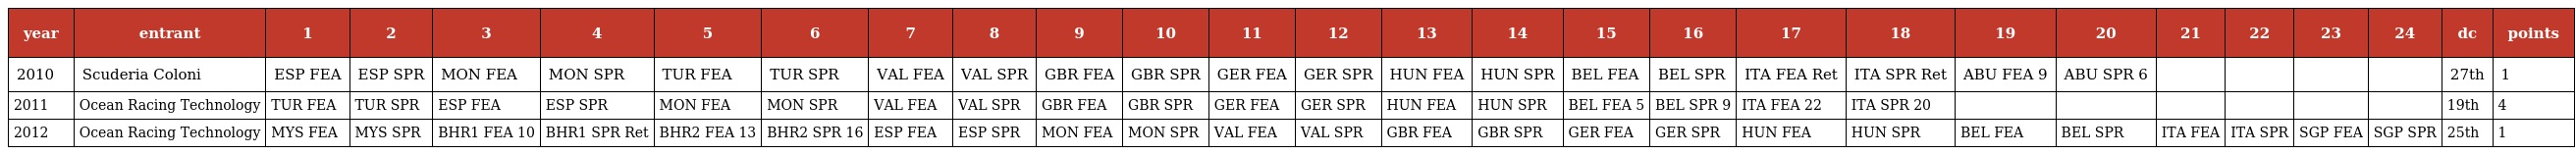
| year | entrant | 1 | 2 | 3 | 4 | 5 | 6 | 7 | 8 | 9 | 10 | 11 | 12 | 13 | 14 | 15 | 16 | 17 | 18 | 19 | 20 | 21 | 22 | 23 | 24 | dc | points |
 | --- | --- | --- | --- | --- | --- | --- | --- | --- | --- | --- | --- | --- | --- | --- | --- | --- | --- | --- | --- | --- | --- | --- | --- | --- | --- | --- | --- |
 | 2010 | Scuderia Coloni | ESP FEA | ESP SPR | MON FEA | MON SPR | TUR FEA | TUR SPR | VAL FEA | VAL SPR | GBR FEA | GBR SPR | GER FEA | GER SPR | HUN FEA | HUN SPR | BEL FEA | BEL SPR | ITA FEA Ret | ITA SPR Ret | ABU FEA 9 | ABU SPR 6 |  |  |  |  | 27th | 1 |
 | 2011 | Ocean Racing Technology | TUR FEA | TUR SPR | ESP FEA | ESP SPR | MON FEA | MON SPR | VAL FEA | VAL SPR | GBR FEA | GBR SPR | GER FEA | GER SPR | HUN FEA | HUN SPR | BEL FEA 5 | BEL SPR 9 | ITA FEA 22 | ITA SPR 20 |  |  |  |  |  |  | 19th | 4 |
 | 2012 | Ocean Racing Technology | MYS FEA | MYS SPR | BHR1 FEA 10 | BHR1 SPR Ret | BHR2 FEA 13 | BHR2 SPR 16 | ESP FEA | ESP SPR | MON FEA | MON SPR | VAL FEA | VAL SPR | GBR FEA | GBR SPR | GER FEA | GER SPR | HUN FEA | HUN SPR | BEL FEA | BEL SPR | ITA FEA | ITA SPR | SGP FEA | SGP SPR | 25th | 1 |